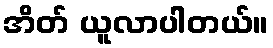
အိတ် ယူလာပါတယ်။